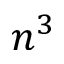
n ^ { 3 }